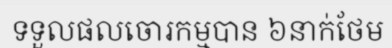
ទទួលផលចោរកម្មបាន ៦នាក់ថែម